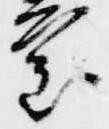
審